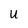
Character: U